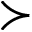
\succ